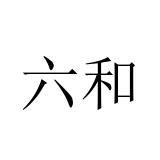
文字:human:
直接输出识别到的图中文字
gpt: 六和